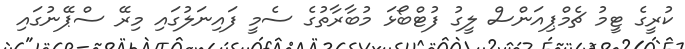
ކުރީގެ ޓީމު ޗެމްޕިއަންސް ލީގު ފުޓްބޯޅަ މުބާރާތުގެ ސެމީ ފައިނަލުގައި މިރޭ ސްޕޭނުގައި